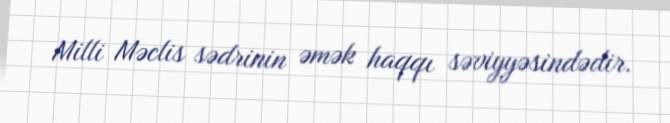
Milli Məclis sədrinin əmək haqqı səviyyəsindədir.